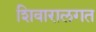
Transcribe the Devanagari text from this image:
शिवारालगत